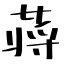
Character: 蒋